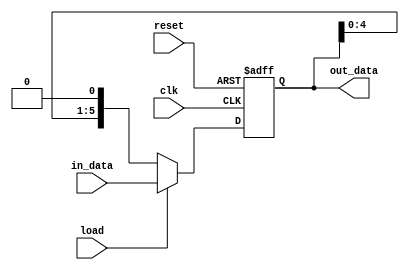
// -------------------------
// Guia 1402
// Nome: Arthur Martinho Medeiros Oliveira
// -------------------------
module shift_left_reg_all_load (
    input wire clk,
    input wire reset,
    input wire load,
    input wire [5:0] in_data,
    output reg [5:0] out_data
);

    always @(posedge clk or posedge reset) begin
        if (reset)
            out_data <= 6'b0;
        else if (load)
            out_data <= in_data;
        else
            out_data <= {out_data[4:0], 1'b0};
    end

endmodule